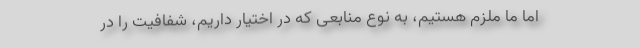
اما ما ملزم هستیم، به نوع منابعی که در اختیار داریم، شفافیت را در